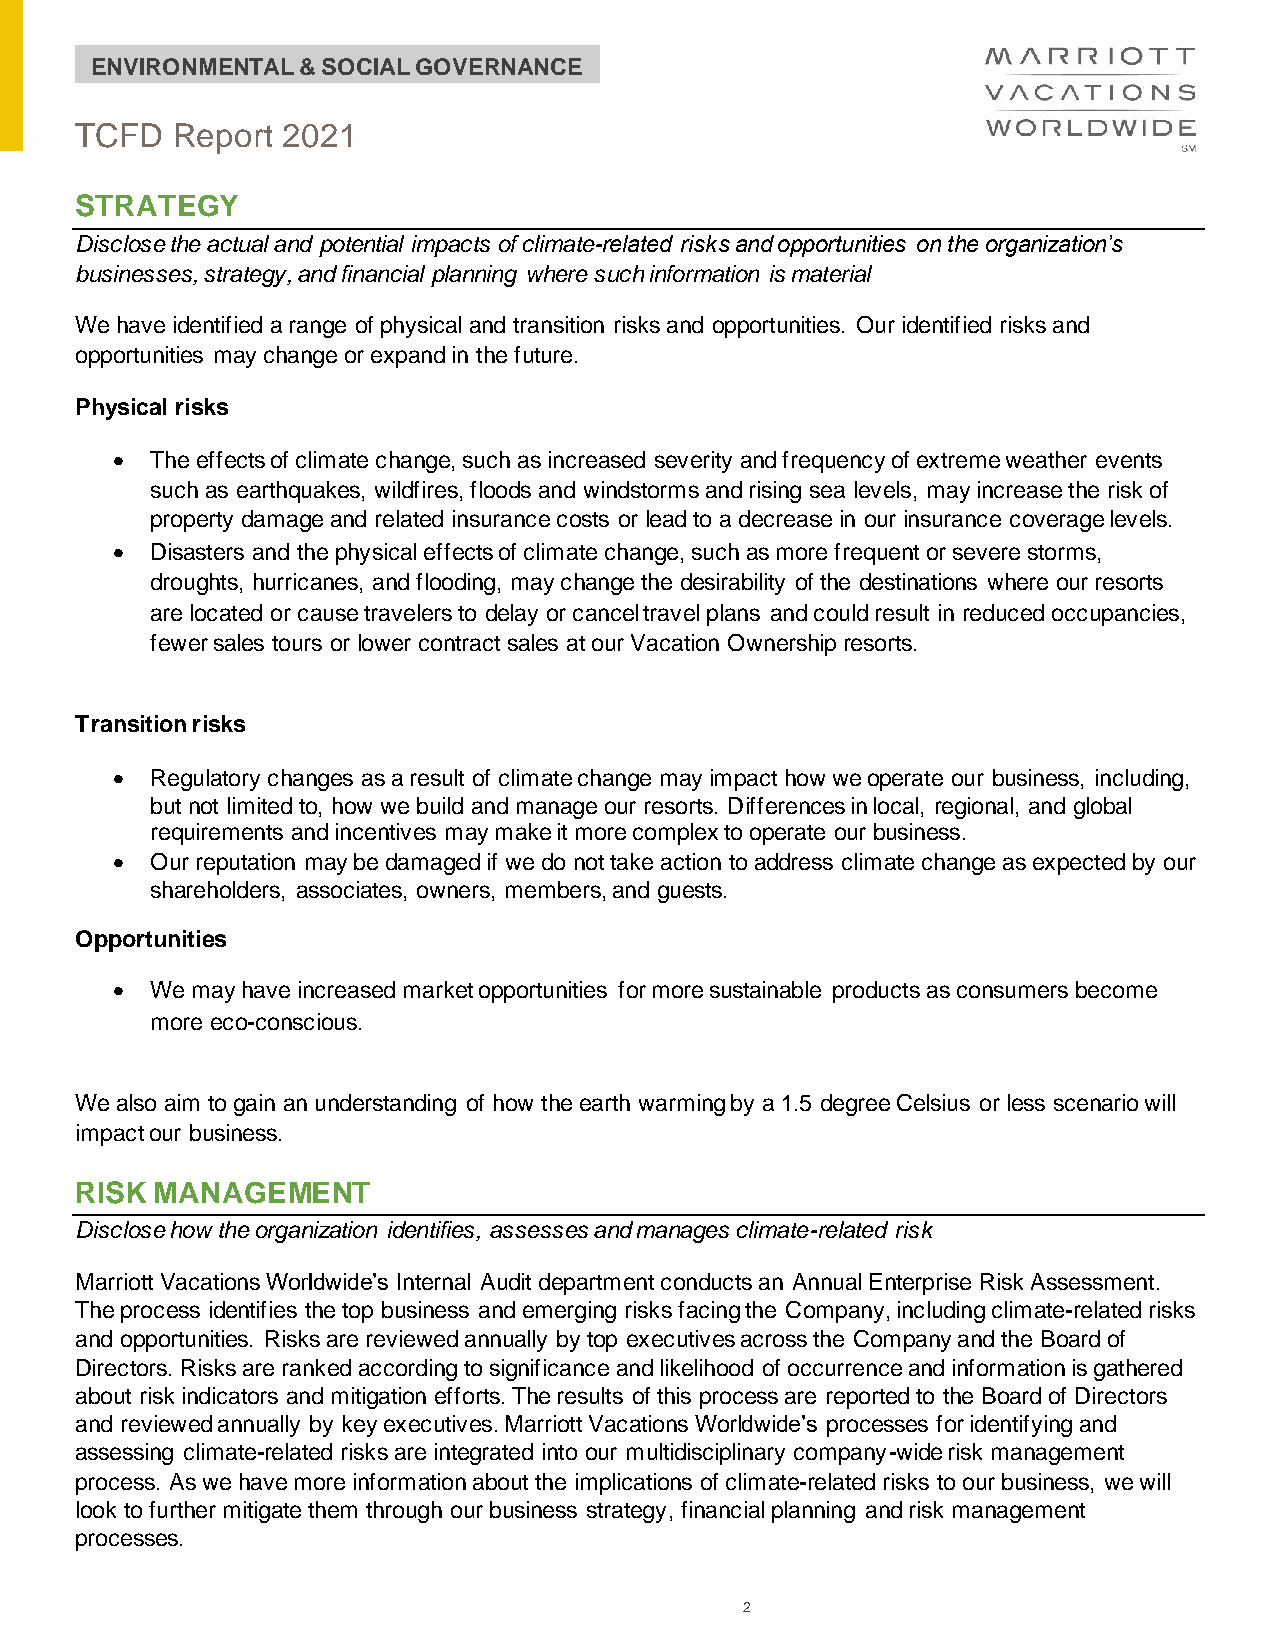
ENVIRONMENTAL & SOCIAL GOVERNANCE
 TCFD   Report 2021
 STRATEGY
 Disclose the actual and potential impacts of climate-related risks and opportunities on the organization’s
 businesses, strategy, and financial planning where such information is material
 We have identified a range of physical and transition risks and opportunities. Our identified risks and
 opportunities may change or expand in the future.
 Physical risks
 •  The effects of climate change, such as increased severity and frequency of extreme weather events
 such as earthquakes, wildfires, floods and windstorms and rising sea levels, may increase the risk of
 property damage and related insurance costs or lead to a decrease in our insurance coverage levels.
 •  Disasters and the physical effects of climate change, such as more frequent or severe storms,
 droughts, hurricanes, and flooding, may change the desirability of the destinations where our resorts
 are located or cause travelers to delay or cancel travel plans and could result in reduced occupancies,
 fewer sales tours or lower contract sales at our Vacation Ownership resorts.
 Transition risks
 •  Regulatory changes as a result of climate change may impact how we operate our business, including,
 but not limited to, how we build and manage our resorts. Differences in local, regional, and global
 requirements and incentives may make it more complex to operate our business.
 •  Our reputation may be damaged if we do not take action to address climate change as expected by our
 shareholders, associates, owners, members, and guests.
 Opportunities
 •  We may have increased market opportunities for more sustainable products as consumers become
 more eco-conscious.
 We also aim to gain an understanding of how the earth warming by a 1.5 degree Celsius or less scenario will
 impact our business.
 RISK MANAGEMENT
 Disclose how the organization identifies, assesses and manages climate-related risk
 Marriott Vacations Worldwide’s Internal Audit department conducts an Annual Enterprise Risk Assessment.
 The process identifies the top business and emerging risks facing the Company, including climate-related risks
 and opportunities. Risks are reviewed annually by top executives across the Company and the Board of
 Directors. Risks are ranked according to significance and likelihood of occurrence and information is gathered
 about risk indicators and mitigation efforts. The results of this process are reported to the Board of Directors
 and reviewed annually by key executives. Marriott Vacations Worldwide’s processes for identifying and
 assessing climate-related risks are integrated into our multidisciplinary company-wide risk management
 process. As we have more information about the implications of climate-related risks to our business, we will
 look to further mitigate them through our business strategy, financial planning and risk management
 processes.
 2